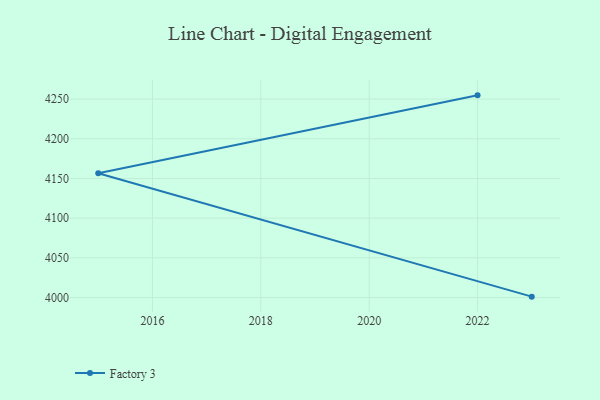
{"axis": {"x": "Year", "y": "Operating Costs (USD K)"}, "legend": ["Factory 3"], "data": [{"x": "2023", "y": 4001.1, "type": "Factory 3"}, {"x": "2015", "y": 4156.6, "type": "Factory 3"}, {"x": "2022", "y": 4254.7, "type": "Factory 3"}]}